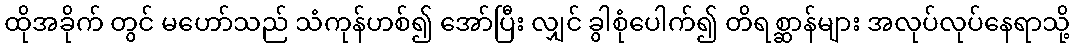
ထိုအခိုက် တွင် မဟော်သည် သံကုန်ဟစ်၍ အော်ပြီး လျှင် ခွါစုံပေါက်၍ တိရစ္ဆာန်များ အလုပ်လုပ်နေရာသို့